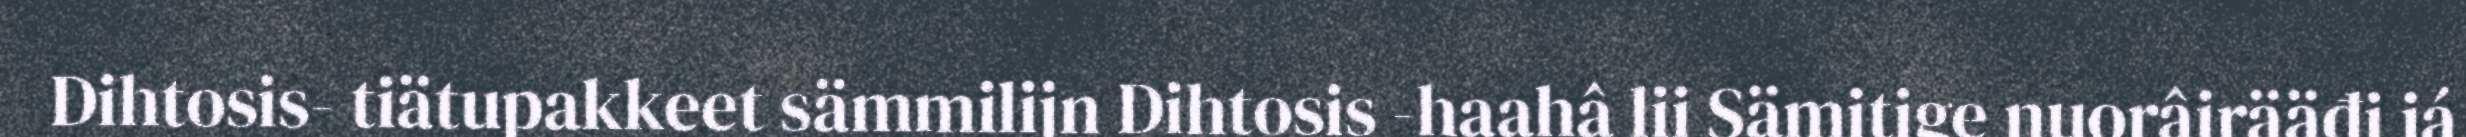
Dihtosis- tiätupakkeet sämmilijn Dihtosis -haahâ lii Sämitige nuorâirääđi já